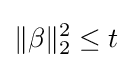
\|\beta \|_{2}^{2}\leq t